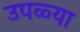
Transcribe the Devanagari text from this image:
उपळ्या